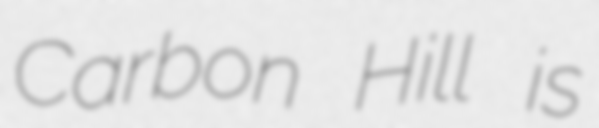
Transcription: Carbon Hill is